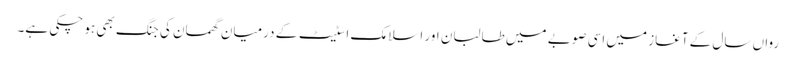
رواں سال کے آغاز میں اسی صوبے میں طالبان اور اسلامک اسٹیٹ کے درمیان گھمسان کی جنگ بھی ہو چکی ہے۔